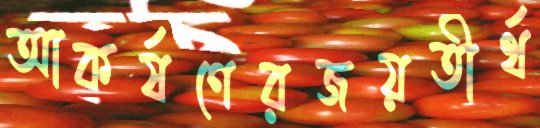
আকর্ষণেরজয়তীর্থ